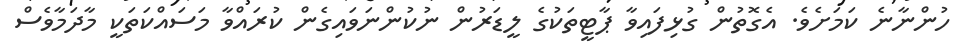
ހުންނާނެ ކަމަށެވެ. އެގޮތުން ގުޅިފައިވާ ޕާޓީތަކުގެ ލީޑަރުން ނުކުންނަވައިގެން ކުރައްވާ މަސައްކަތަކީ މާދަމާވެސް